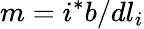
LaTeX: m=i^{*}b/dl_{i}